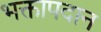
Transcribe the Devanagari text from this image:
भक्तापदान